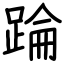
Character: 踚